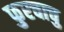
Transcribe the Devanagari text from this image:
फुरचाचु